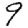
Digit: 9